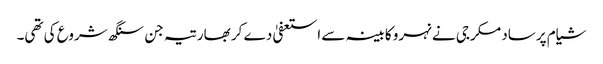
شیام پرساد مکرجی نے نہرو کابینہ سے استعفیٰ دے کر بھارتیہ جن سنگھ شروع کی تھی۔